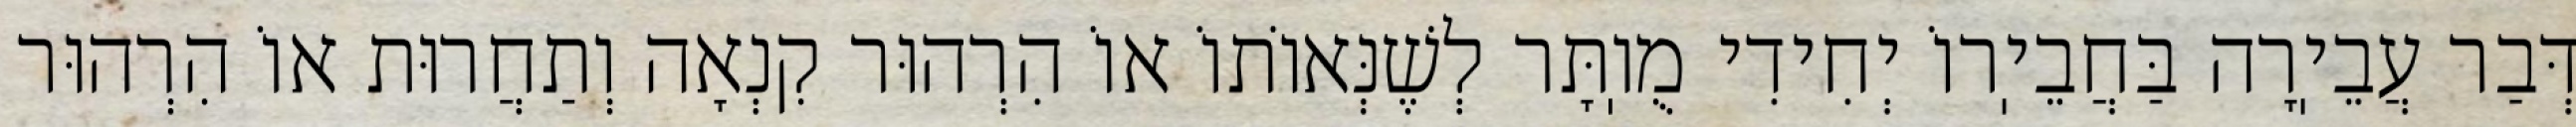
דְּבַר עֲבֵיֽרָה בַּחֲבֵיֽרוֹ יְחִידִי מֻוֽתָּר לְשֶׁנְּאוֹתוֹ אוֹ הִרְהוּר קִנְאָה וְתַחֲרוּת אוֹ הִרְהוּר